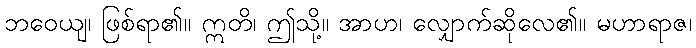
ဘဝေယျ၊ ဖြစ်ရာ၏။ ဣတိ၊ ဤသို့။ အာဟ၊ လျှောက်ဆိုလေ၏။ မဟာရာဇ၊